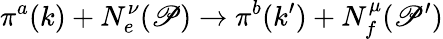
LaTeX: \pi^{a}(k)+N_{e}^{\nu}(\mathscr{P})\rightarrow\pi^{b}(k^{\prime})+N_{f}^{\mu}(\mathscr{P}^{\prime})